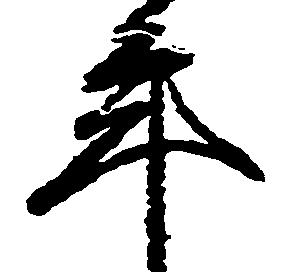
年